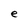
Character: e